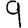
Digit: 9